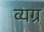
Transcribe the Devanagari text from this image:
व्‍यग्र